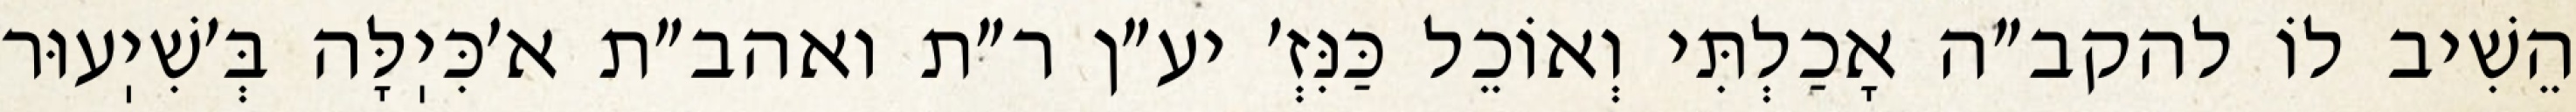
הֵשִׁיב לוֹ להקב״ה אָכַלְתִּי וְאוֹכֵל כַּנִּזְ׳ יע״ן ר״ת ואהב״ת א׳כִּיֽלָּה בְּ׳שִׁיֽעוּר